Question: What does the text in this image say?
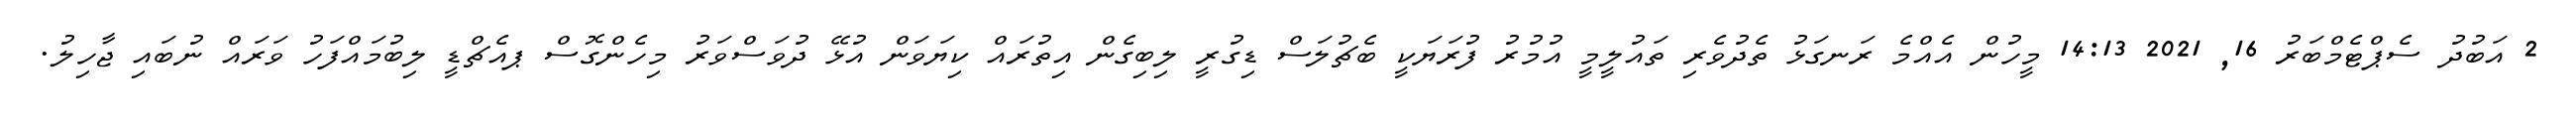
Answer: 2 އަބުދު ސެޕްޓެމްބަރު 16, 2021 14:13 މީހުން އެއްމެ ރަނގަޅު ތެދުވެރި ތައުލީމީ އުމުރު ފުރަޔަކީ ބެޗުލަސް ޑިގުރީ ލިބިގެން އިތުރައް ކިޔަވަން އުޅޭ ދުވަސްވަރު މިހެންގޮސް ޕއެޗްޑީ ލިބުމައްފަހު ވަރައް ނުބައި ޖާހިލު.